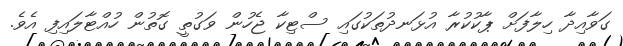
ގަވާއިދާ ހިލާފަށް ޕާކުކުރާ އުޅަނދުތަކުގައި ސްޓިކާ ޖެހުން ވަގުތީ ގޮތުން ހުއްޓާލައިފި އެވެ.